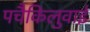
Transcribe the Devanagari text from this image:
पचैकिलुवाई